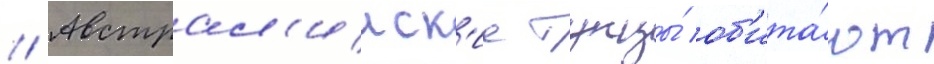
// Австрал'ииск'ие тунцы́ об'ита́ют